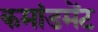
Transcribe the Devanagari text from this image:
कमांडमेंट